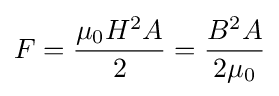
F={\frac {\mu _{0}H^{2}A}{2}}={\frac {B^{2}A}{2\mu _{0}}}